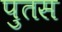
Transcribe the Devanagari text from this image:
पुतस